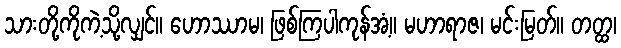
သားတို့ကိုကဲ့သို့လျှင်။ ဟောဿာမ၊ ဖြစ်ကြပါကုန်အံ့။ မဟာရာဇ၊ မင်းမြတ်။ တတ္ထ၊